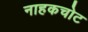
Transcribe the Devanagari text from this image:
नाहकचोट